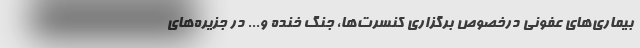
بیماری‌های عفونی درخصوص برگزاری کنسرت‌ها، جُنگ خنده و... در جزیره‌های